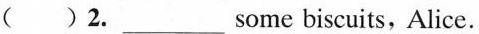
( )2.___ some biscuits,Alice.